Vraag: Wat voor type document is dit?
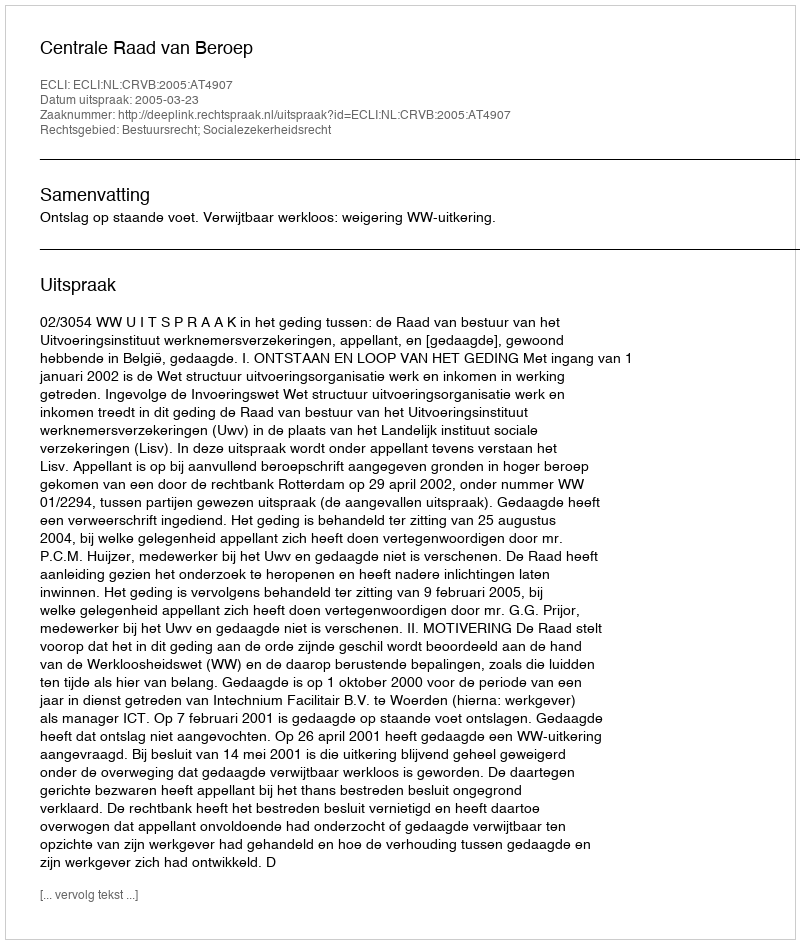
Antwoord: Uitspraak